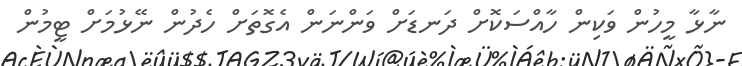
ނާޅާ މީހުން ވަކިން ހާއްސަކޮށް ދަނޑަށް ވަންނަން އެގޮތަށް ހެދުން ނޭޅުމަށް ޓީމުން